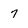
Character: 7